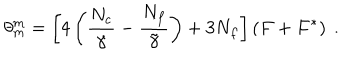
\theta _ { m } ^ { m } = \left[ 4 \left( \frac { N _ { c } } { \gamma } - \frac { N _ { f } } { \tilde { \gamma } } \right) + 3 N _ { f } \right] \left( F + F ^ { * } \right) \ .